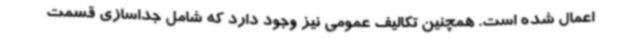
اعمال شده است. همچنین تکالیف عمومی نیز وجود دارد که شامل جداسازی قسمت